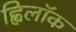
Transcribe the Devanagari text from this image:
ह्विलॉक